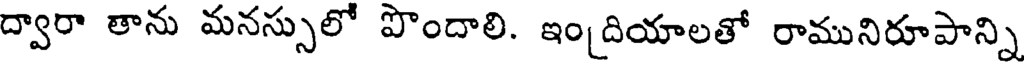
ద్వారా తాను మనస్సులో పొందాలి. ఇం[దియాలతో రామునిరూపాన్ని